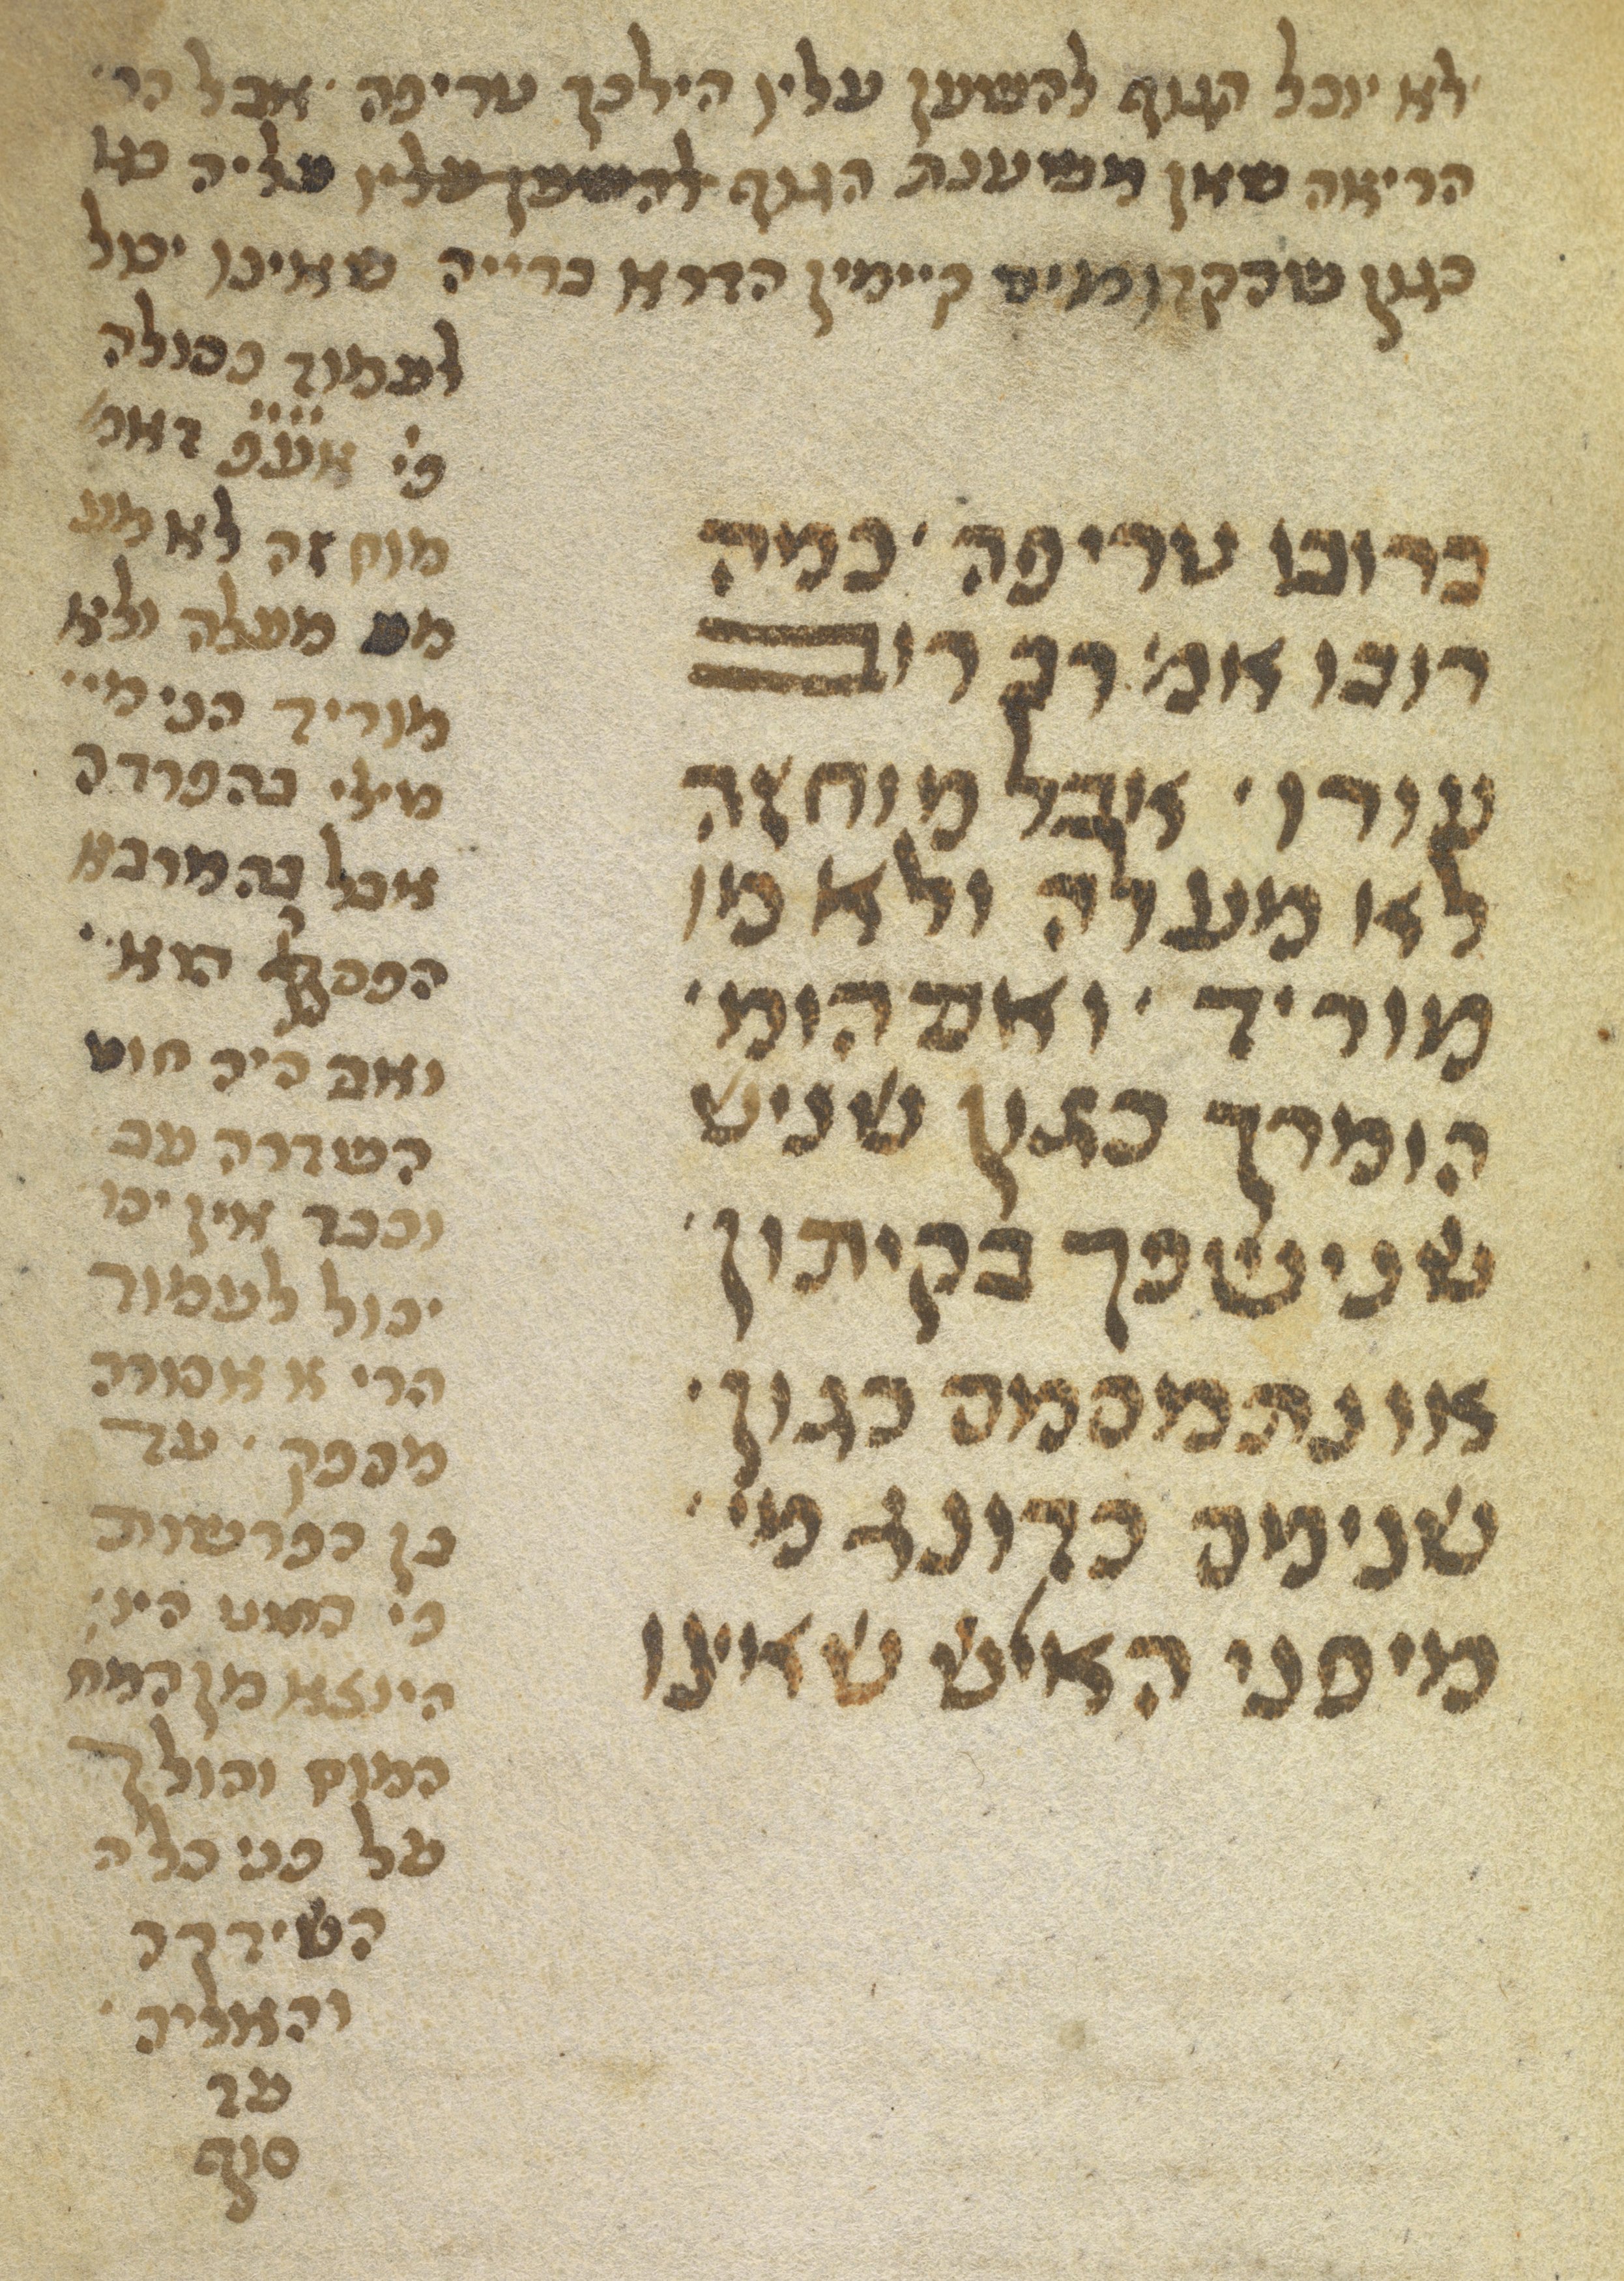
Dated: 1300–1399